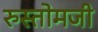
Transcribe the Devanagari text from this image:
रुस्तोमजी